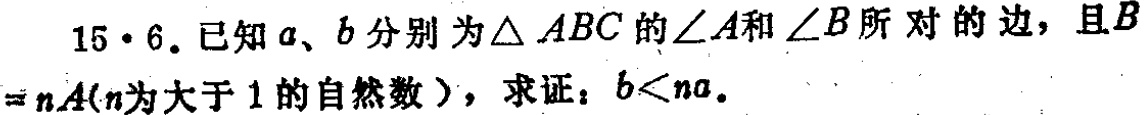
15·6. 已知\(a\)、\(b\)分别为\(\triangle ABC\)的\(\angle A\)和\(\angle B\)所对的边，且\(B = nA\)（\(n\)为大于\(1\)的自然数），求证：\(b<na\)。